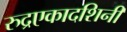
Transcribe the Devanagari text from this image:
रुद्रएकादशिनी